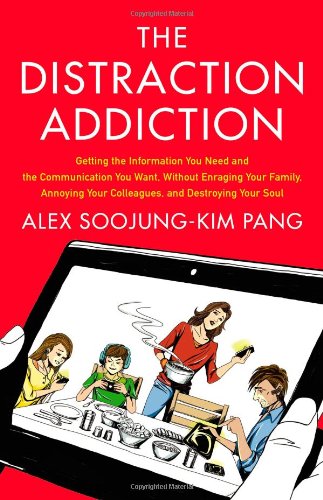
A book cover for The Distraction Addiction: Getting the Information You Need and the Communication You Want, Without Enraging Your Family, Annoying Your Colleagues, and Destroying Your Soul; Alex Soojung-Kim Pang; Computers & Technology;